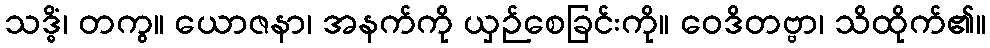
သဒ္ဓိံ၊ တကွ။ ယောဇနာ၊ အနက်ကို ယှဉ်စေခြင်းကို။ ဝေဒိတဗ္ဗာ၊ သိထိုက်၏။